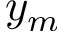
y _ { m }